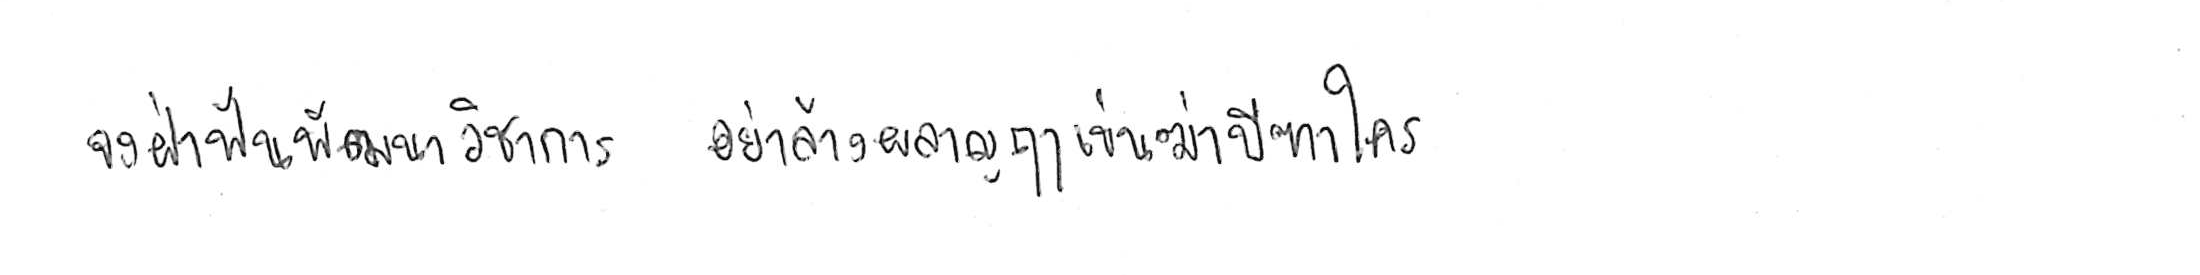
จงฝ่าฟันพัฒนาวิชาการ อย่าล้างผลาญฤๅเข่นฆ่าบีฑาใคร